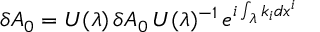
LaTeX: \delta A _ { 0 } = U ( \lambda ) \, \delta A _ { 0 } \, U ( \lambda ) ^ { - 1 } \, e ^ { i \int _ { \lambda } k _ { i } d x ^ { i } }